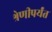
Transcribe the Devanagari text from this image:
श्रेणीपर्यंत